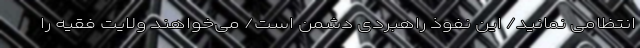
انتظامی نمانید/ این نفوذ راهبردی دشمن است/ می‌خواهند ولایت فقیه را